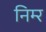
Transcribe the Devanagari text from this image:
निम्‍र